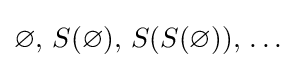
\varnothing ,\,S(\varnothing ),\,S(S(\varnothing )),\,\ldots